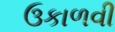
ઉકાળવી